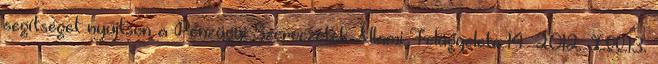
segítséget nyújtson a Pénzügyi Szervezetek Állami Felügyelete 14 2012. XII.13.